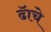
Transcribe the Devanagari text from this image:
ढॅाचे